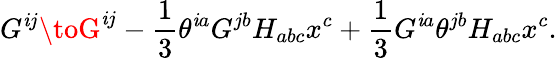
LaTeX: G^{\mathit{i}j}\toG^{\mathit{i}j}-{\frac{{1}}{{3}}}\theta^{\mathit{i}a}G^{jb}H_{abc}x^{c}+{\frac{{1}}{{3}}}G^{\mathit{i}a}\theta^{jb}H_{abc}x^{c}.